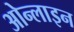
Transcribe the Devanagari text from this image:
ओन्लाइन